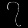
Digit: ၇